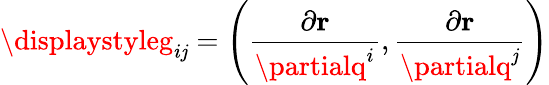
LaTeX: \displaystyleg_{i\mathit{j}}=\left({\frac{{\partial\mathbf{{r}}}}{{\partialq^{i}}}},{\frac{{\partial\mathbf{{r}}}}{{\partialq^{\mathit{j}}}}}\right)